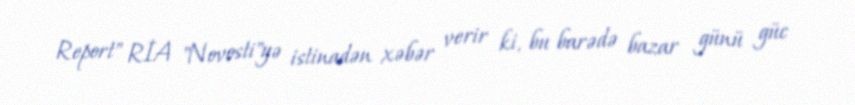
Report" RİA "Novosti"yə istinadən xəbər verir ki, bu barədə bazar günü güc